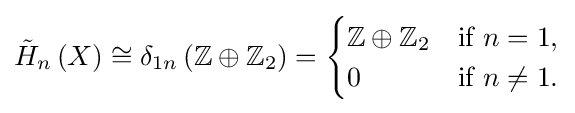
{\tilde {H}}_{n}\left(X\right)\cong \delta _{1n}\,(\mathbb {Z} \oplus \mathbb {Z} _{2})={\begin{cases}\mathbb {Z} \oplus \mathbb {Z} _{2}&{\mbox{if }}n=1,\\0&{\mbox{if }}n\neq 1.\end{cases}}